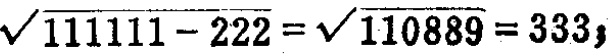
$\sqrt{111111 - 222}=\sqrt{110889}=333,$